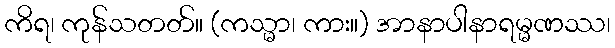
ကိရ၊ ကုန်သတတ်။ (ကသ္မာ၊ ကား။) အာနာပါနာရမ္မဏဿ၊